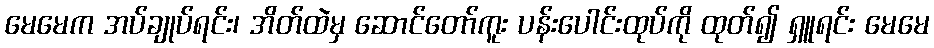
မေမေက အပ်ချုပ်ရင်း၊ အိတ်ထဲမှ ဆောင်တော်ကူး ပန်းပေါင်းထုပ်ကို ထုတ်၍ ရှူရင်း မေမေ